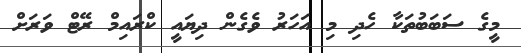
މީގެ ސަބަބުތަކާ ހެދި މި އަހަރު ވެގެން ދިޔައީ ކްރައިމް ރޭޓް ވަރަށް